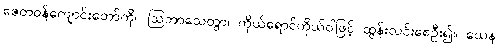
ဇေတဝန်ကျောင်းတော်ကို။ ဩဘာသေတွာ၊ ကိုယ်ရောင်ကိုယ်ဝါဖြင့် ထွန်းလင်းစေဦး၍။ ယေန၊